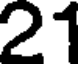
21